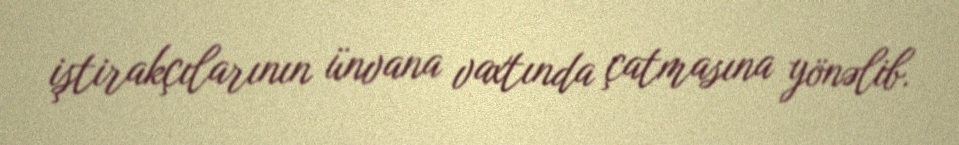
iştirakçılarının ünvana vaxtında çatmasına yönəlib.